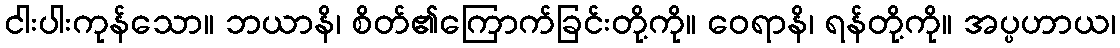
ငါးပါးကုန်သော။ ဘယာနိ၊ စိတ်၏ကြောက်ခြင်းတို့ကို။ ဝေရာနိ၊ ရန်တို့ကို။ အပ္ပဟာယ၊